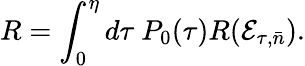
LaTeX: R=\int_{0}^{\eta}d\tau~P_{0}(\tau)R(\mathcal{E}_{\tau,\bar{n}}).